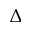
\Delta